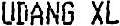
UDANG XL